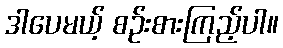
ဒါပေမယ့် စဉ်းစားကြည့်ပါ။